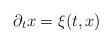
LaTeX: \begin{align*} \partial_t x = \xi(t,x)\end{align*}